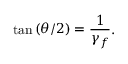
\tan { ( \theta / 2 ) } = \frac { 1 } { \gamma _ { f } } .